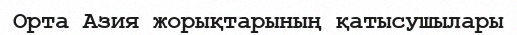
Орта Азия жорықтарының қатысушылары